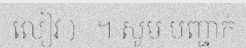
លៀវ )   ។ សូម បញ្ជាក់